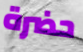
حضرة